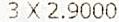
3 X 2.9000